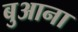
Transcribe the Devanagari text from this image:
बुआना